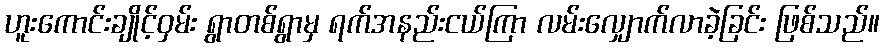
ဟူးကောင်းချိုင့်ဝှမ်း ရွာတစ်ရွာမှ ရက်အနည်းငယ်ကြာ လမ်းလျှောက်လာခဲ့ခြင်း ဖြစ်သည်။